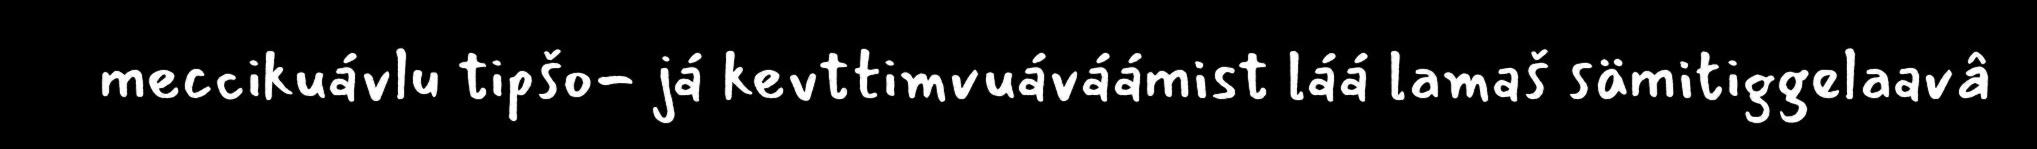
meccikuávlu tipšo- já kevttimvuáváámist láá lamaš sämitiggelaavâ